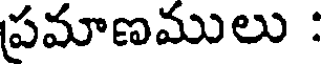
ప్రమాణములు :